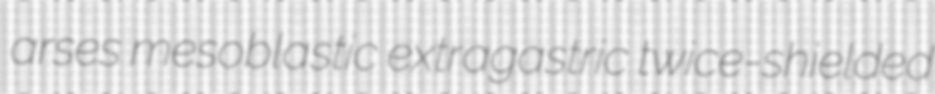
arses mesoblastic extragastric twice-shielded